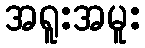
အရူးအမူး